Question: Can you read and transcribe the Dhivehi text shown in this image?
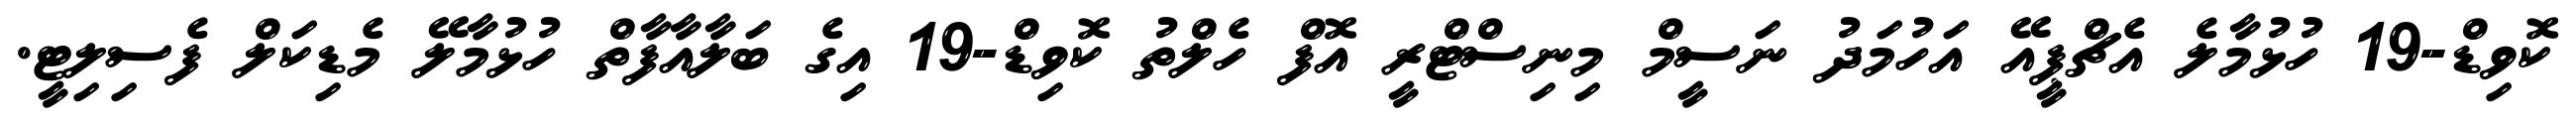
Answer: ކޮވިޑް-19 ހުޅުމާލެ އެޗްޕީއޭ އަހުމަދު ނަސީމް މިނިސްޓްރީ އޮފް ހެލްތު ކޮވިޑް-19 އިގެ ބަލާއާފާތް ހުޅުމާލޭ މެޑިކަލް ފެސިލިޓީ.